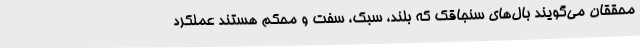
محققان می‌گویند بال‌های سنجاقک که بلند، سبک، سفت و محکم هستند عملکرد